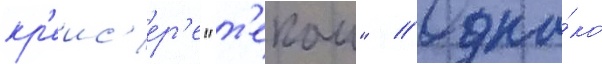
кр'еис'ер'е "т'екаи" // Одна́ко